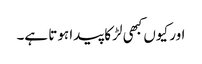
اور کیوں کبھی لڑکا پیدا ہوتا ہے۔